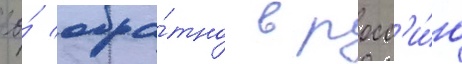
ео́ обра́тно в росс'и́ю